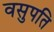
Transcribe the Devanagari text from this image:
वसुपति